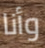
وأنا